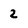
Character: 2